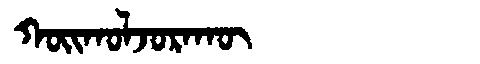
Manchu: ᡴᠣᡳᡴᠣᠯᠵᠣᡵᠠᡴᡡ
Romanization: KOIKOLJORAKŪ